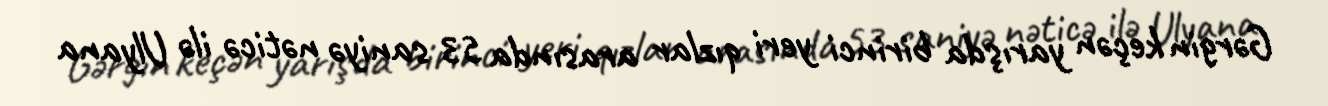
Gərgin keçən yarışda birinci yeri qızlar arasında 53 saniyə nəticə ilə Ulyana